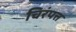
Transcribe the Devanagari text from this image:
चिरंपत्त